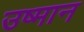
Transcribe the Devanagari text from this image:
उष्मान